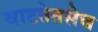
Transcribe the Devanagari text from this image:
वाटतेतसेच